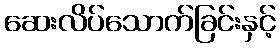
ဆေးလိပ်သောက်ခြင်းနှင့်